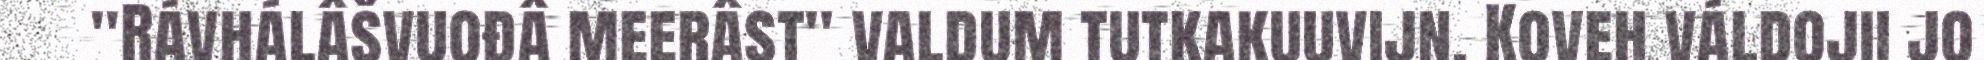
"Rávhálâšvuođâ meerâst" valdum tutkakuuvijn. Koveh váldojii jo